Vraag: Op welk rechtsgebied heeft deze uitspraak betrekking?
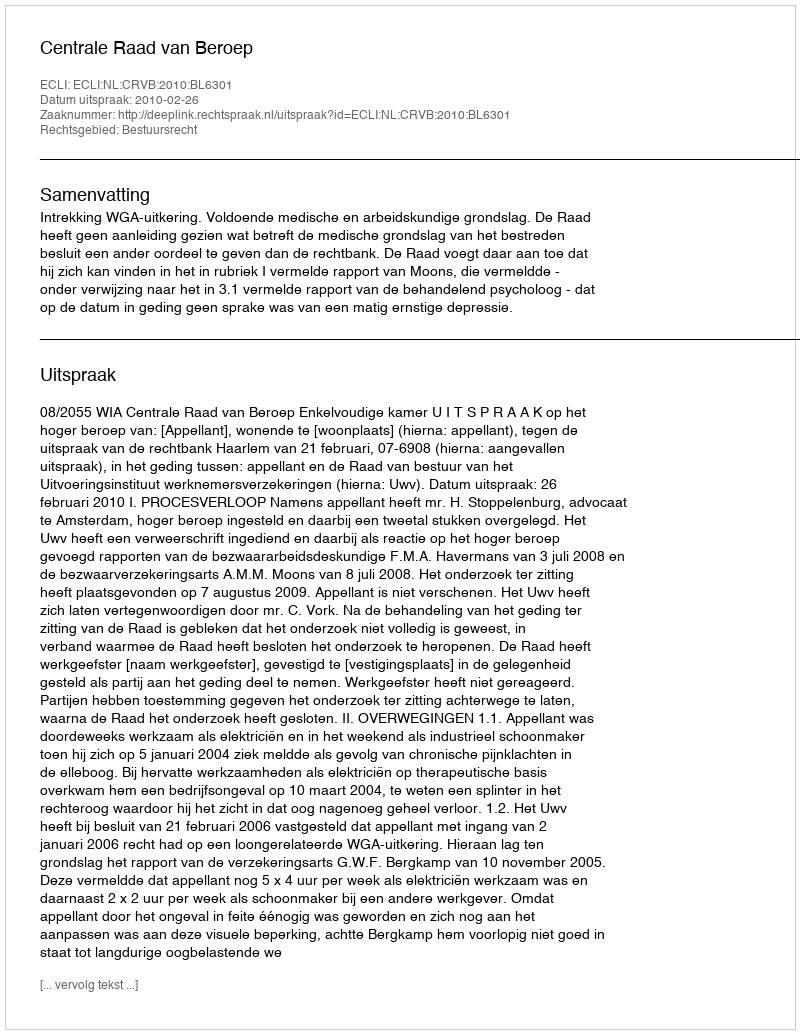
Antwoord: Bestuursrecht